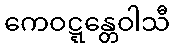
ကေဝဋ္ဋန္တေဝါသီ